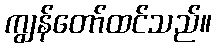
ကျွန်တော်ထင်သည်။